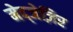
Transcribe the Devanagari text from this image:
मेद्जेज़िर